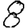
Digit: 8